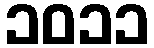
၁၀၁၁